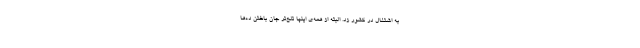
به اشتغال در کشور زد. البتّه از همه‌ی اینها تلخ‌تر جان ‌باختن ده‌ها